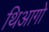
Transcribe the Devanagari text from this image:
थिआगो